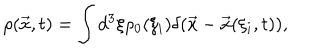
LaTeX: \rho ( \vec { x } , t ) = \int d ^ { 3 } \xi \rho _ { 0 } ( \xi _ { i } ) \delta ( \vec { x } - \vec { x } ( \xi _ { i } , t ) ) ,